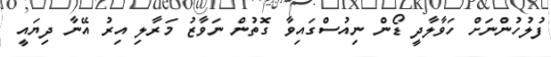
ފުލުހުންނަށް ހަވާލާދީ ޑޯން ނިއުސްގައިވާ ގޮތުން ނަވާޒު މަރާލި އިރު އޭނާ ދިޔައީ